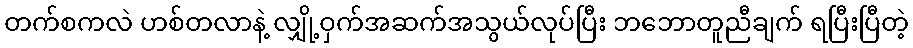
တက်စကလဲ ဟစ်တလာနဲ့ လျှို့ဝှက်အဆက်အသွယ်လုပ်ပြီး ဘဘောတူညီချက် ရပြီးပြီတဲ့